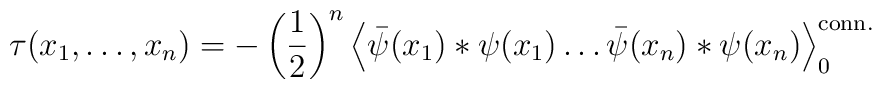
\tau(x_1,\ldots,x_n)=-\left(\frac{1}{2}\right)^n\left< \bar\psi(x_1)*\psi(x_1)\ldots\bar\psi(x_n)*\psi(x_n)\right>^{\rm conn.}_0